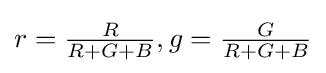
{\textstyle r={\tfrac {R}{R+G+B}},g={\tfrac {G}{R+G+B}}}